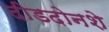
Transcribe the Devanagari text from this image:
दीडदोनशे